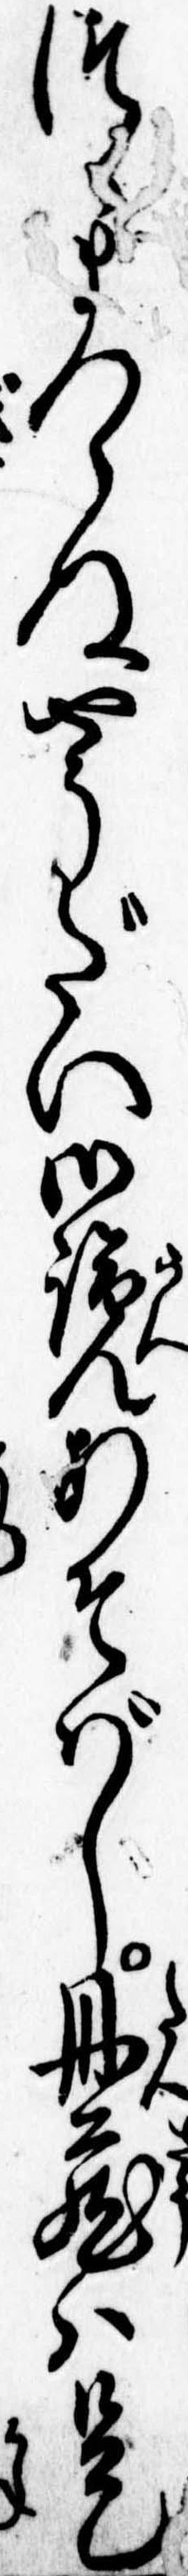
つまつらぬやうだい御覧あそばし丹蔵は是